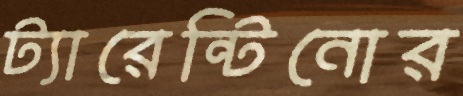
ট্যারেন্টিনোর